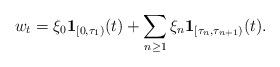
LaTeX: \begin{align*}w_t=\xi_0\mathbf{1}_{[0,\tau_1)}(t)+\sum_{n\ge 1} \xi_n\mathbf{1}_{[\tau_{n},\tau_{n+1})}(t).\end{align*}